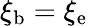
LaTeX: \xi_{\mathrm{b}}=\xi_{\mathrm{e}}